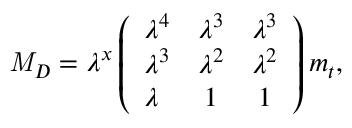
{ \it M } _ { D } = \lambda ^ { x } \left( \begin{array} { l c c } { { \lambda ^ { 4 } } } & { { \lambda ^ { 3 } } } & { { \lambda ^ { 3 } } } \\ { { \lambda ^ { 3 } } } & { { \lambda ^ { 2 } } } & { { \lambda ^ { 2 } } } \\ { { \lambda } } & { { 1 } } & { { 1 } } \end{array} \right) m _ { t } ,